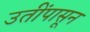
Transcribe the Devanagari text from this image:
उतींपासून